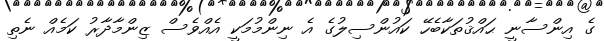
ގެ އިންސާނީ ޙައްޤުތަކާބެހޭ ކައުންސިލުގެ އެ ނިންމުމަކީ އެއްވެސް ޒިންމާދާރު ކަމެއް ނެތި